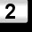
Digit: 2